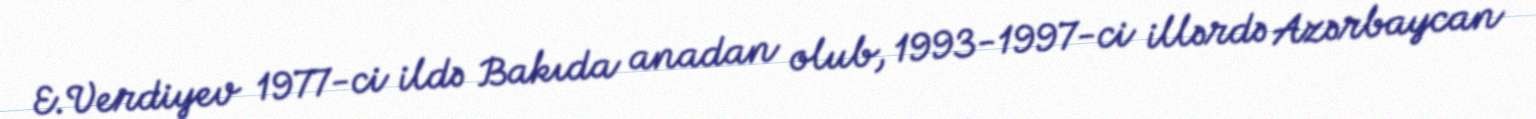
E.Verdiyev 1977-ci ildə Bakıda anadan olub, 1993-1997-ci illərdə Azərbaycan